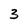
Character: 3